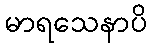
မာရသေနာပိ